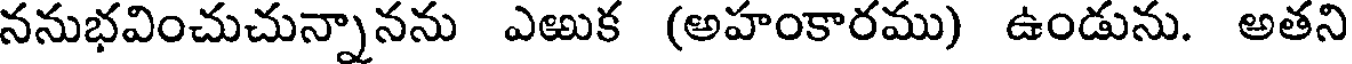
ననుభవించుచున్నానను ఎఱుక (అహంకారము) ఉండును. అతని